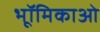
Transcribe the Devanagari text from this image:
भूॉमिकाओ